Report of the Hyderabad Chloroform Commission
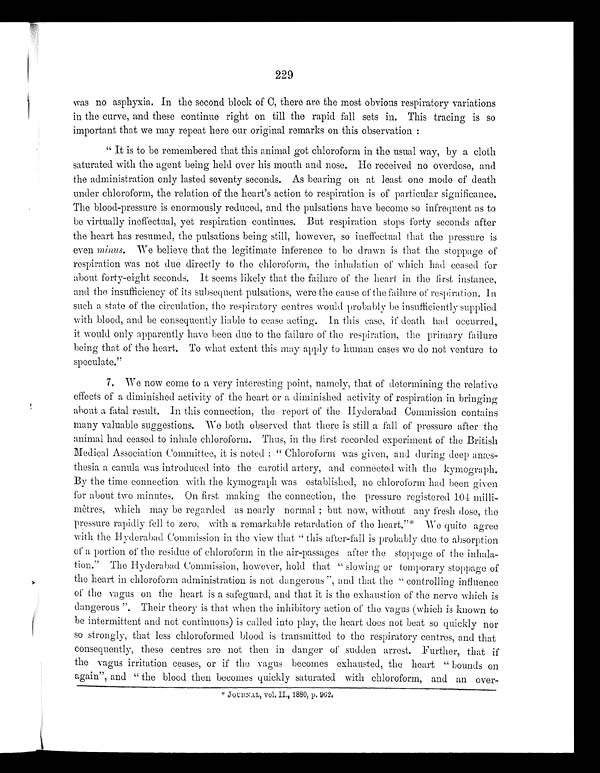
229
was no asphyxia. In the second block of C, there are the most obvious respiratory variations
in the curve, and these continue right on till the rapid fall sets in. This tracing is so
important that we may repeat here our original remarks on this observation:
"It is to be remembered that this animal got chloroform in the usual way, by a cloth
saturated with the agent being held over his mouth and nose. He received no overdose, and
the administration only lasted seventy seconds. As bearing on at least one mode of death
under chloroform, the relation of the heart's action to respiration is of particular significance.
The blood-pressure is enormously reduced, and the pulsations have become so infrequent as to
be virtually ineffectual, yet respiration continues. But respiration stops forty seconds after
the heart has resumed, the pulsations being still, however, so ineffectual that the pressure is
even minus . We believe that the legitimate inference to be drawn is that the stoppage of
respiration was not due directly to the chloroform, the inhalation of which had ceased for
about forty-eight seconds. It seems likely that the failure of the heart in the first instance,
and the insufficiency of its subsequent pulsations, were the cause of the failure of respiration. In
such a state of the circulation, the respiratory centres would probably be insufficiently supplied
with blood, and be consequently liable to cease acting. In this ease, if death had occurred,
it would only apparently have been due to the failure of the respiration, the primary failure
being that of the heart. To what extent this may apply to human cases we do not venture to
speculate."
7. We now come to a very interesting point, namely, that of determining the relative
effects of a diminished activity of the heart or a diminished activity of respiration in bringing
about a fatal result. In this connection, the report of the Hyderabad Commission contains
many valuable suggestions. We both observed that there is still a fall of pressure after the
animal had ceased to inhale chloroform. Thus, in the first recorded experiment of the British
Medical Association Committee, it is noted: "Chloroform was given, and during deep anæs-
thesia a canula was introduced into the carotid artery, and connected with the kymograph.
By the time connection with the kymograph was established, no chloroform had been given
for about two minutes. On first making the connection, the pressure registered 104 milli-
mêtres, which may be regarded as nearly normal; but now, without any fresh dose, the
pressure rapidly fell to zero, with a remarkable retardation of the heart."* We quite agree
with the Hyderabad Commission in the view that "this after-fall is probably due to absorption
of a portion of the residue of chloroform in the air-passages after the stoppage of the inhala-
tion." The Hyderabad Commission, however, hold that "slowing or temporary stoppage of
the heart in chloroform administration is not dangerous", and that the "controlling influence
of the vagus on the heart is a safeguard, and that it is the exhaustion of the nerve which is
dangerous". Their theory is that when the inhibitory action of the vagus (which is known to
be intermittent and not continuous) is called into play, the heart does not beat so quickly nor
so strongly, that less chloroformed blood is transmitted to the respiratory centres, and that
consequently, these centres are not then in danger of sudden arrest. Further, that if
the vagus irritation ceases, or if the vagus becomes exhausted, the heart "bounds on
again", and "the blood then becomes quickly saturated with chloroform, and an over-
* JOURNAL, vol. II., 1880, p. 962.